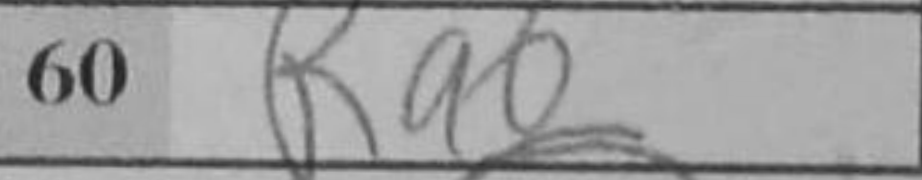
Transcription: Ra2